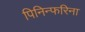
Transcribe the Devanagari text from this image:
पिनिन्फरिना